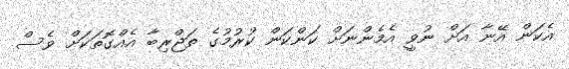
އެކަން އޭނާ އަށް ނުވީ އެމެންނަށް ކަންކަން ކުރުމުގެ ތަޖްރިބާ އެއްގޮތަކަށް ވެސް